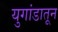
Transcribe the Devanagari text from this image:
युगांडातून